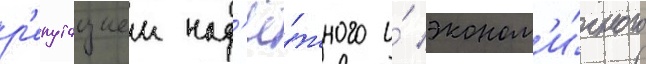
р'епутациеи над'ё́жного и́ эконом'и́чного